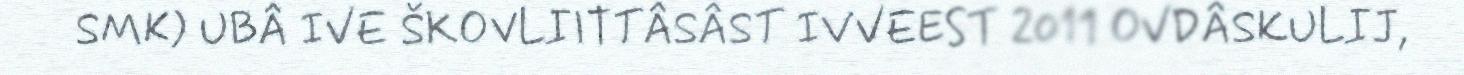
SMK) UBÂ IVE ŠKOVLIITTÂSÂST IVVEEST 2011 OVDÂSKULIJ,